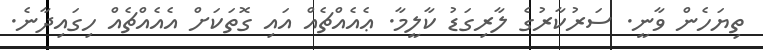
ތިޔަހެން ވާނީ. ސަރުކާރުގެ ލާރިގަޑު ކާލީމާ. ޢެއެއްޗެއް އައި ގޮތަކަށް އެއެއްޗެއް ހިގައިދާނެ.